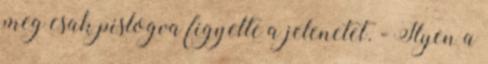
meg csak pislogva figyelte a jelenetet. - Ilyen a